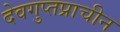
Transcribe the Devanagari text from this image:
देवगुप्तप्राचीन